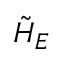
\tilde { H } _ { E }